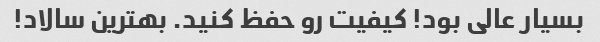
بسیار عالی بود! کیفیت رو حفظ کنید. بهترین سالاد!